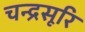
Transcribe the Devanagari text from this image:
चन्द्रसूरि